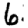
Digit: 6